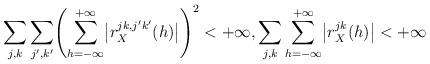
LaTeX: \begin{align*}\sum_{j,k}\sum_{j',k'}\Biggl(\sum^{+\infty}_{h=-\infty}\bigl |r^{jk,j'k'}_X(h)\bigr |\Biggr)^2<+\infty,\sum_{j,k}\sum^{+\infty}_{h=-\infty}\bigl |r^{jk}_X(h)\bigr |<+\infty\end{align*}